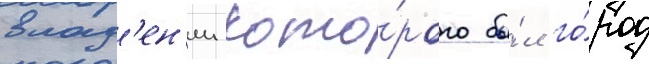
влад'ен'ии кото́рого бы́л го́род